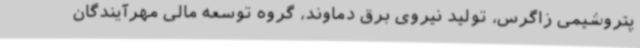
پتروشیمی زاگرس، تولید نیروی برق دماوند، گروه توسعه مالی مهرآیندگان